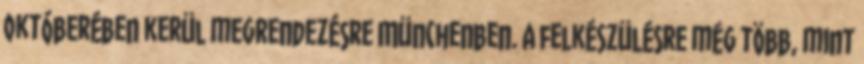
októberében kerül megrendezésre Münchenben. A felkészülésre még több, mint